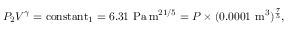
P _ { 2 } V ^ { \gamma } = \operatorname { c o n s t a n t } _ { 1 } = 6 . 3 1 ~ { \mathrm { P a } } \, { \mathrm { m } } ^ { 2 1 / 5 } = P \times ( 0 . 0 0 0 1 ~ { \mathrm { m } } ^ { 3 } ) ^ { \frac { 7 } { 5 } } ,